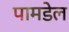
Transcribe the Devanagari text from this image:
पामडेल